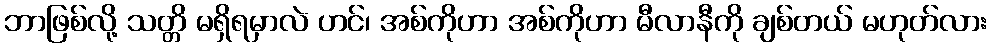
ဘာဖြစ်လို့ သတ္တိ မရှိရမှာလဲ ဟင်၊ အစ်ကိုဟာ အစ်ကိုဟာ မီလာနီကို ချစ်တယ် မဟုတ်လား